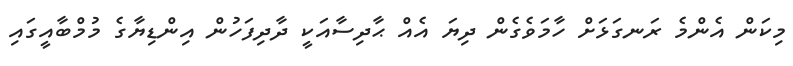
މިކަން އެންމެ ރަނގަޅަށް ހާމަވެގެން ދިޔަ އެއް ޙާދިސާއަކީ ދާދިފަހުން އިންޑިޔާގެ މުމްބާއީގައި